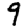
Digit: 9